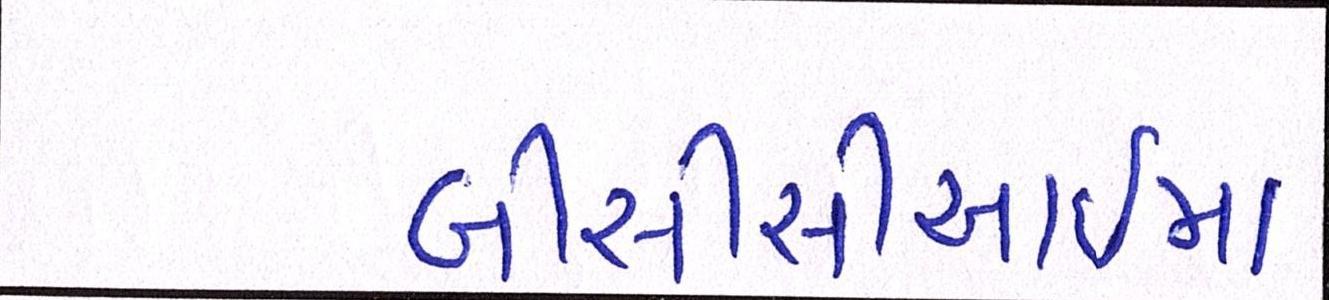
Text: બીસીસીઆઈમાં